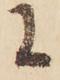
に